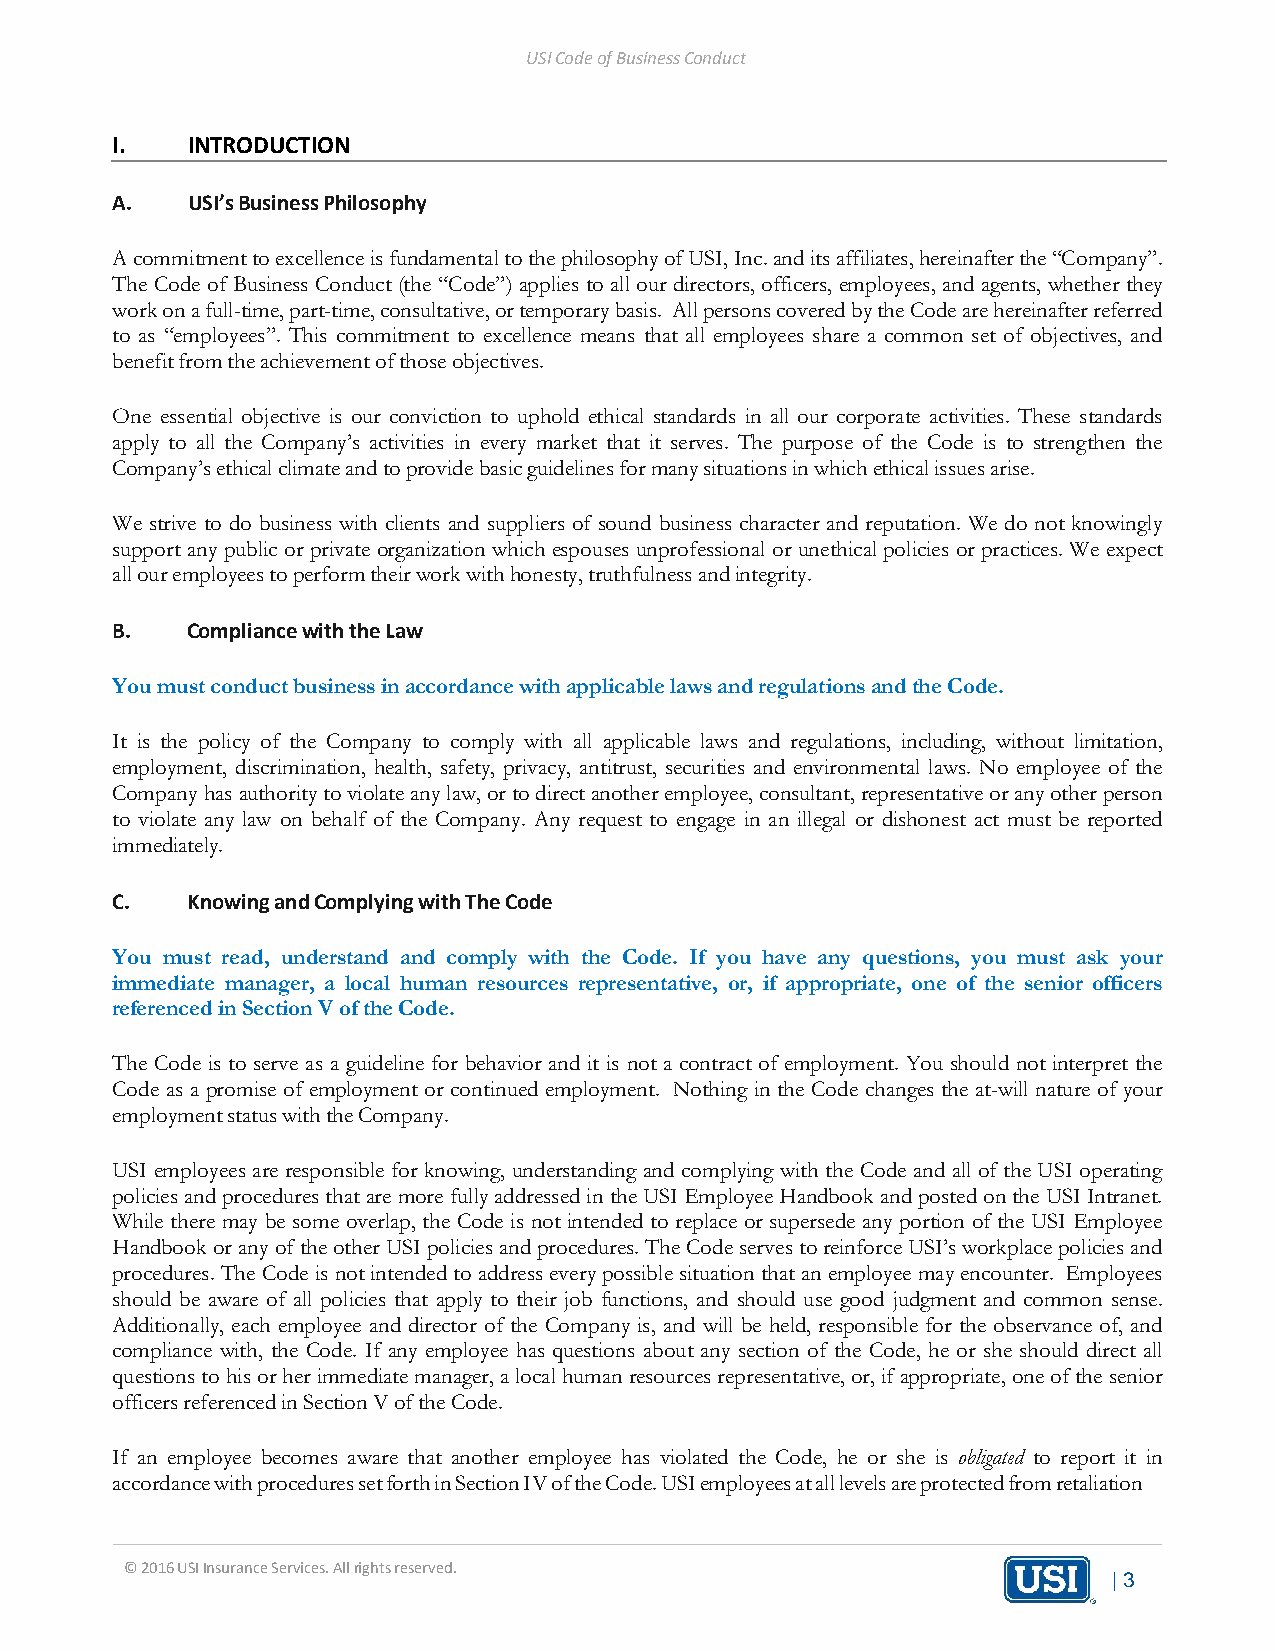
USI Code of Business Conduct
 I.   INTRODUCTION
 A.   USI’s Business Philosophy
 A commitment to excellence is fundamental to the philosophy of USI, Inc. and its affiliates, hereinafter the “Company”.
 The Code of Business Conduct (the “Code”) applies to all our directors, officers, employees, and agents, whether they
 work on a full-time, part-time, consultative, or temporary basis. All persons covered by the Code are hereinafter referred
 to as “employees”. This commitment to excellence means that all employees share a common set of objectives, and
 benefit from the achievement of those objectives.
 One essential objective is our conviction to uphold ethical standards in all our corporate activities. These standards
 apply to all the Company’s activities in every market that it serves. The purpose of the Code is to strengthen the
 Company’s ethical climate and to provide basic guidelines for many situations in which ethical issues arise.
 We strive to do business with clients and suppliers of sound business character and reputation. We do not knowingly
 support any public or private organization which espouses unprofessional or unethical policies or practices. We expect
 all our employees to perform their work with honesty, truthfulness and integrity.
 B.   Compliance with the Law
 You must conduct business in accordance with applicable laws and regulations and the Code.
 It is the policy of the Company to comply with all applicable laws and regulations, including, without limitation,
 employment, discrimination, health, safety, privacy, antitrust, securities and environmental laws. No employee of the
 Company has authority to violate any law, or to direct another employee, consultant, representative or any other person
 to violate any law on behalf of the Company. Any request to engage in an illegal or dishonest act must be reported
 immediately.
 C.   Knowing and Complying with The Code
 You must read, understand and comply with the Code. If you have any questions, you must ask your
 immediate manager, a local human resources representative, or, if appropriate, one of the senior officers
 referenced in Section V of the Code.
 The Code is to serve as a guideline for behavior and it is not a contract of employment. You should not interpret the
 Code as a promise of employment or continued employment. Nothing in the Code changes the at-will nature of your
 employment status with the Company.
 USI employees are responsible for knowing, understanding and complying with the Code and all of the USI operating
 policies and procedures that are more fully addressed in the USI Employee Handbook and posted on the USI Intranet.
 While there may be some overlap, the Code is not intended to replace or supersede any portion of the USI Employee
 Handbook or any of the other USI policies and procedures. The Code serves to reinforce USI’s workplace policies and
 procedures. The Code is not intended to address every possible situation that an employee may encounter. Employees
 should be aware of all policies that apply to their job functions, and should use good judgment and common sense.
 Additionally, each employee and director of the Company is, and will be held, responsible for the observance of, and
 compliance with, the Code. If any employee has questions about any section of the Code, he or she should direct all
 questions to his or her immediate manager, a local human resources representative, or, if appropriate, one of the senior
 officers referenced in Section V of the Code.
 If an employee becomes aware that another employee has violated the Code, he or she is obligated to report it in
 accordance with procedures set forth in Section IV of the Code. USI employees at all levels are protected from retaliation
 © 2016 USI Insurance Services. All rights reserved.
 | 3